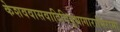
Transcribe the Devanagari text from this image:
केशववासवादिविबुधागाराभिरामां